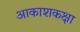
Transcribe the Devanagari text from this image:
आकाशकक्षा